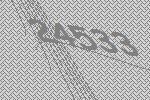
24533